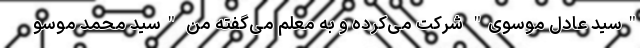
"سید عادل موسوی" شرکت می‌کرده و به معلم می‌گفته من "سید محمد موسو